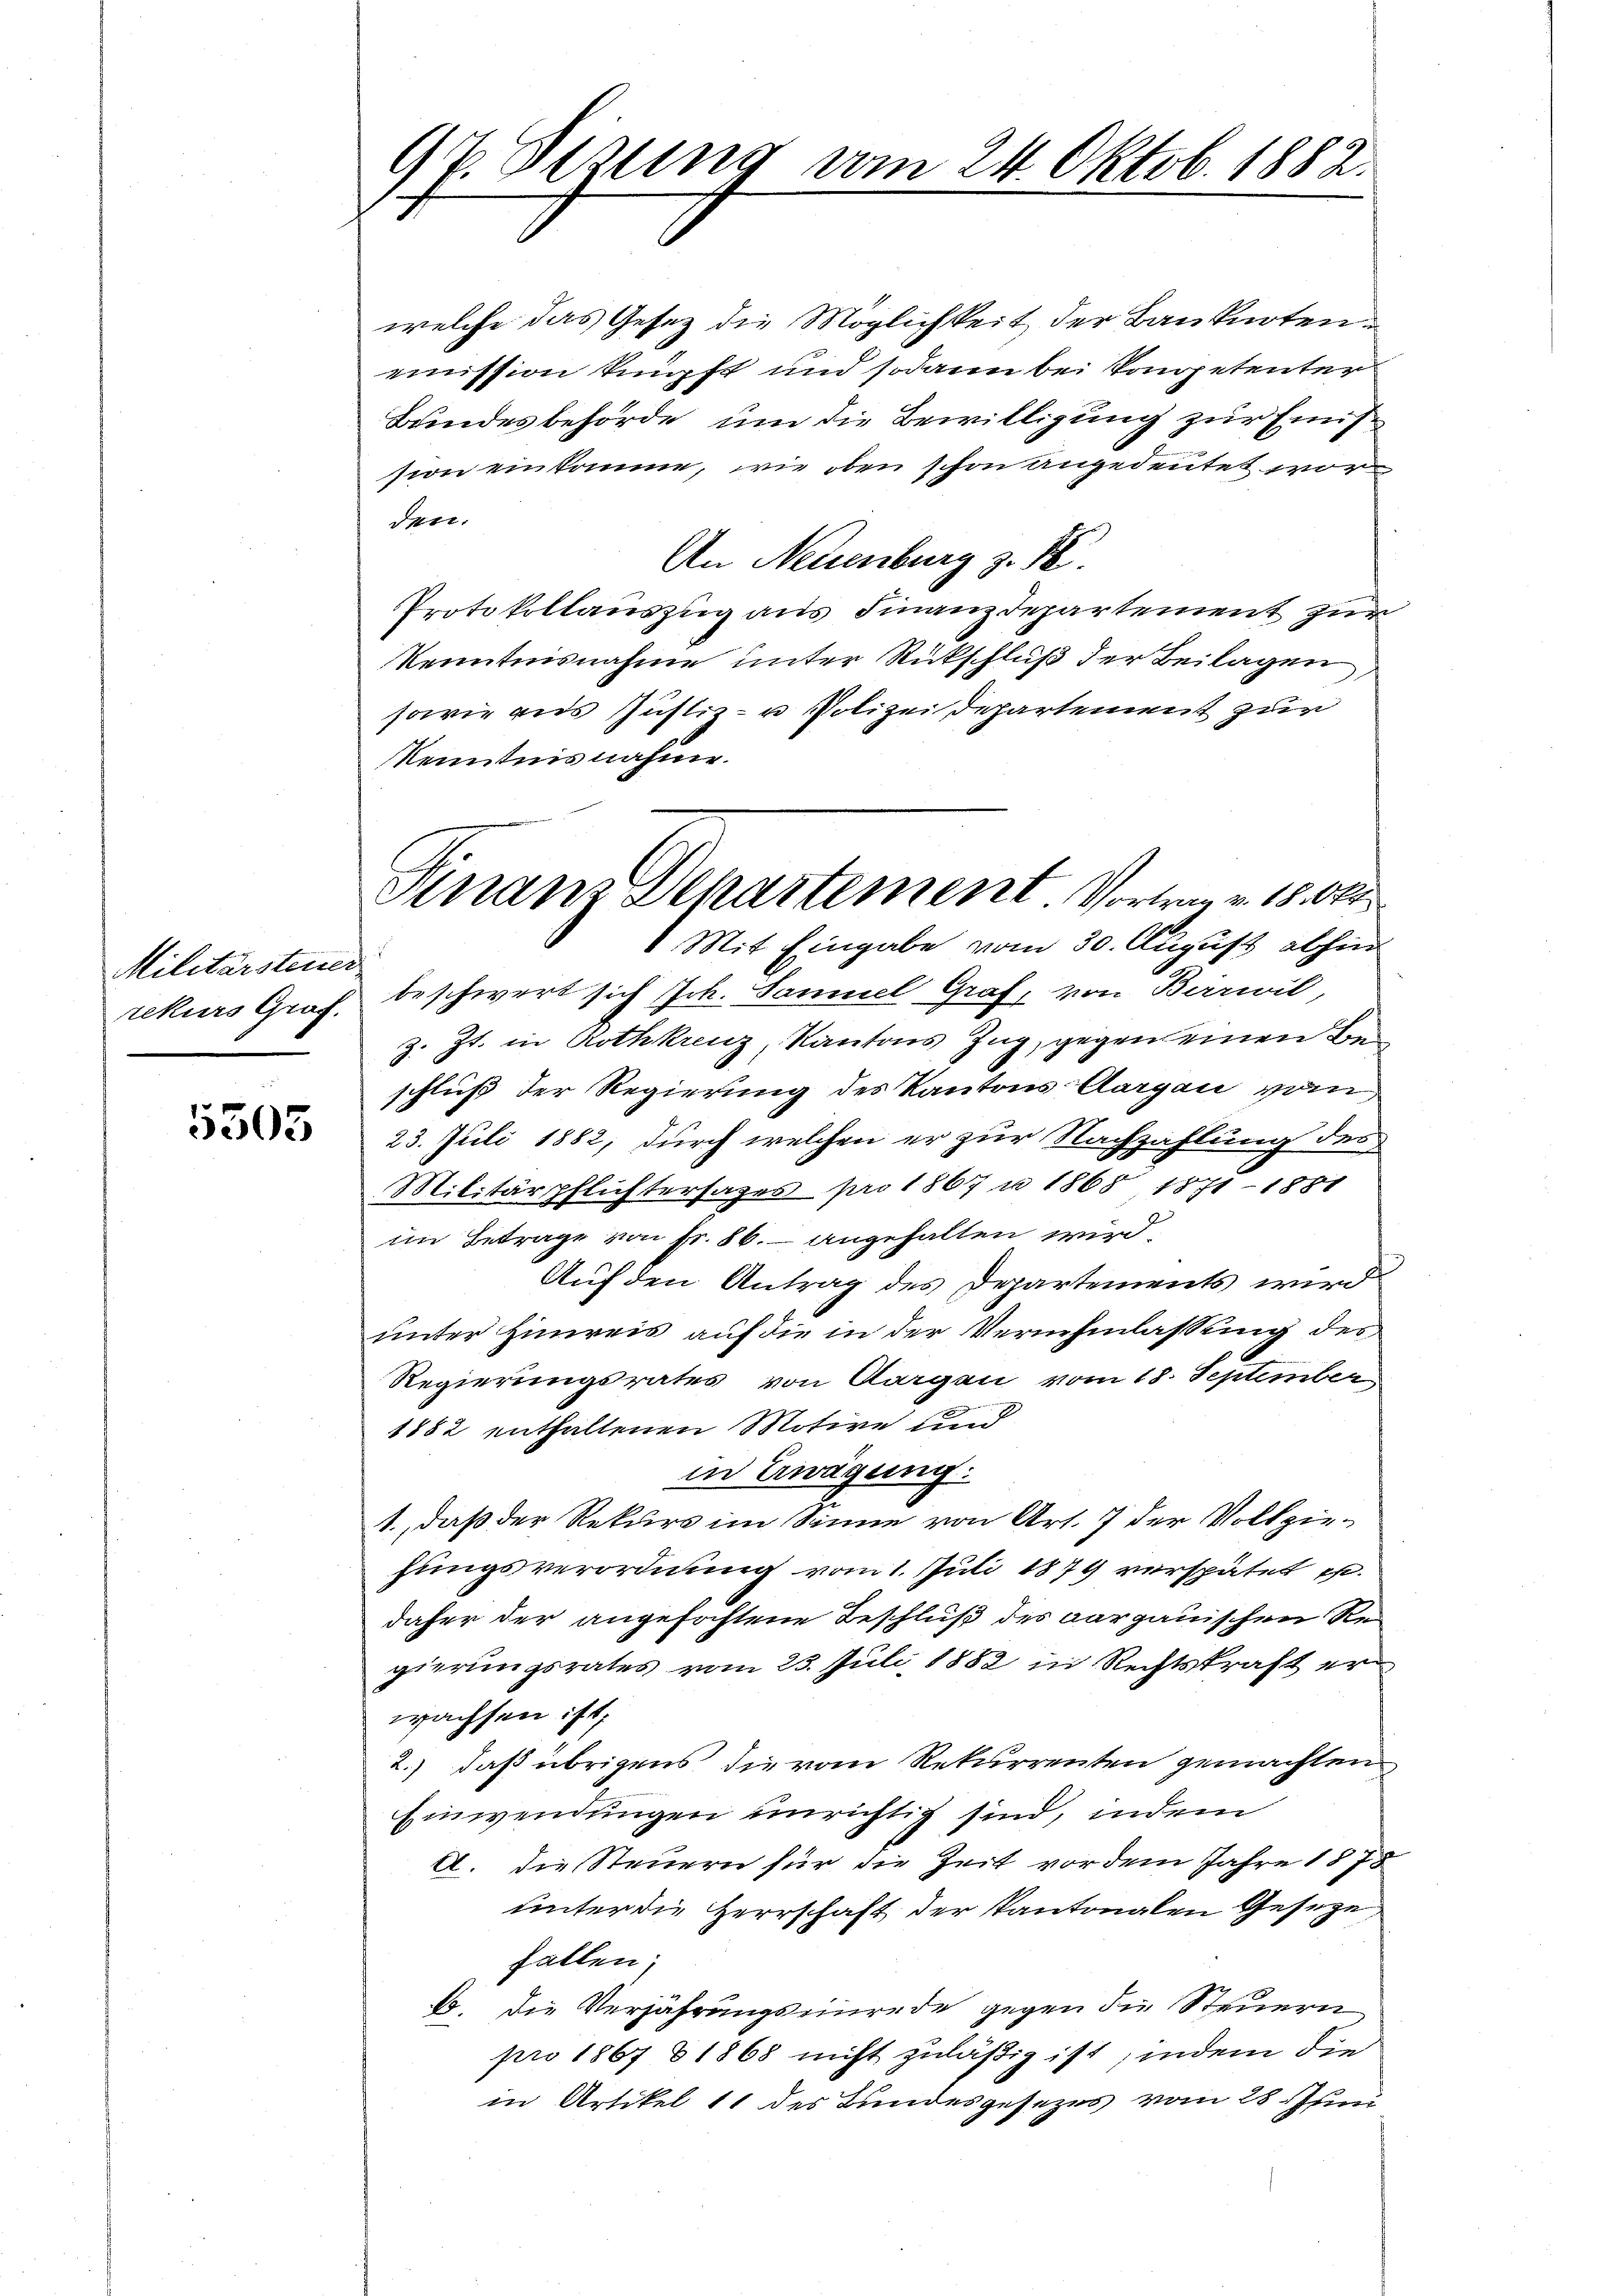
Militärsteuer
rekurs Graf.

5305

97. Setzung vom 24. Oktob. 1882.

welche das Gesez die Möglichkeit der Banknoten
mission knüpft und sodann bei Kompetenter
Bundesbehörde, um die Bewilligung zur Einission einkomme, wie oben schon angedeutet worden.
An Neuenburg z. 18.
Protokollauszug aus Finanzdepartement zur
Kenntnisnahme unter Rückschluß der Beilagen,
sowie aus Justiz- u Polizei Departement zur
Kenntnis nahme.
beschwert sich Joh. Samuel Graf, von Birrwil
z. Zt. in Prothkreuz, Kantons Zug, gegen einen Beschluß der Regierung des Kantons Aargau vom
23. Juli 1882, durch welchen er zur Nachzahlung des
Militärpflichtersages pro 1867 u. 1868 1871 - 1881
im Betrage von Fr. 86.– angehalten wird.
Auf den Antrag des Departements wird
unter Hinweis auf die in der Vernehmlassung des
Regierungsrates von Aargau vom 18. September
1882 enthaltenen Motive und
in Erwägung:
1., daß der Rekurs im Sinne von Art. 7 der Vollziehungsverordnung vom 1. Juli 1879 verspätet e
daher der angefochtene Beschluß des Aargauischen Regierungsrates vom 23. Juli 1882 in Rechtskraft erwachsen ist;
2.) daß übrigens die vom Rekurrenten gemachten
Einwendungen unrichtig sind, indem
A. die Steuern für die Zeit vor dem Jahre 1878
unter die Herrschaft der Kantonalen Geseze
fallen;
1o. Die Verjährungseinrede gegen die Steuern
pro 1867 & 1868 nicht zuläßig ist, indem die
in Artikel 11 des Bundesgesezes vom 28. Juni

Finan Departement. Vortrag v. 18. Okt
 Mit Eingabe vom 30. August abhin